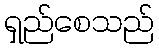
ရှည်စေသည်